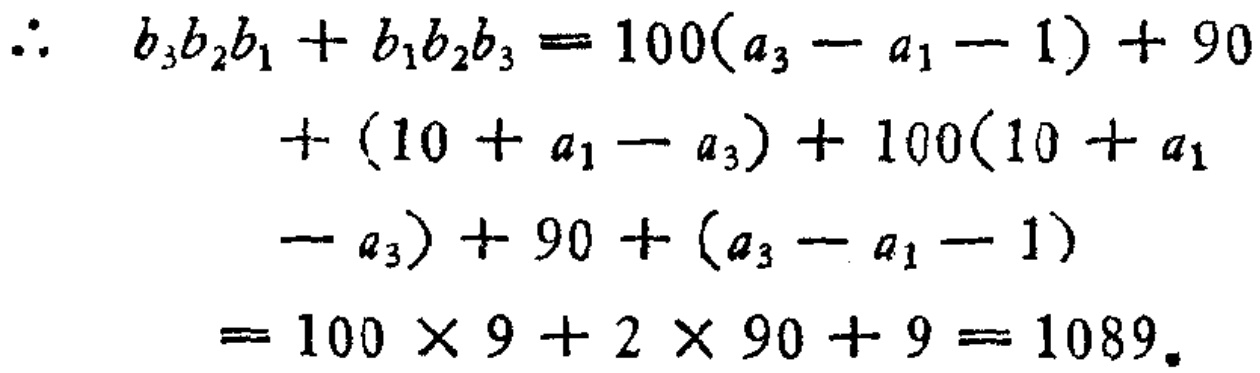
\[\begin{align*}

\therefore\ b_{3}b_{2}b_{1}+b_{1}b_{2}b_{3}&=100(a_{3}-a_{1}-1)+90\\

&+(10 + a_{1}-a_{3})+100(10 + a_{1}\\

&-a_{3})+90+(a_{3}-a_{1}-1)\\

&=100\times9+2\times90 + 9=1089.

\end{align*}\]